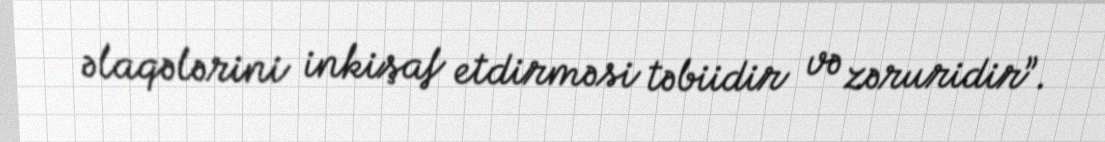
əlaqələrini inkişaf etdirməsi təbiidir və zəruridir”.